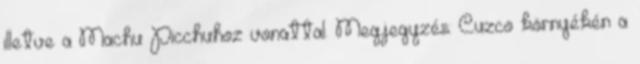
illetve a Machu Picchuhoz vonattal. Megjegyzés: Cuzco környékén a